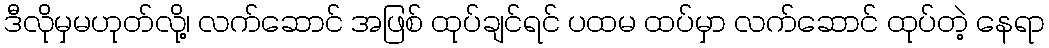
ဒီလိုမှမဟုတ်လို့၊ လက်ဆောင် အဖြစ် ထုပ်ချင်ရင် ပထမ ထပ်မှာ လက်ဆောင် ထုပ်တဲ့ နေရာ